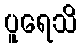
ပူရေသိ